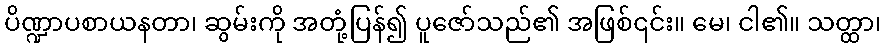
ပိဏ္ဍာပစာယနတာ၊ ဆွမ်းကို အတုံ့ပြန်၍ ပူဇော်သည်၏ အဖြစ်၎င်း။ မေ၊ ငါ၏။ သတ္ထာ၊